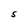
Character: S